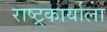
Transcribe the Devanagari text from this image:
राष्ट्रकार्याला